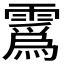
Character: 𫕯